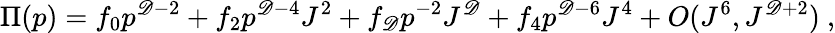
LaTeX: \Pi(p)=f_{0}p^{\mathscr{D}-2}+f_{2}p^{\mathscr{D}-4}J^{2}+f_{\mathscr{D}}p^{-2}J^{\mathscr{D}}+f_{4}p^{\mathscr{D}-6}J^{4}+O(J^{6},J^{\mathscr{D}+2})\ ,